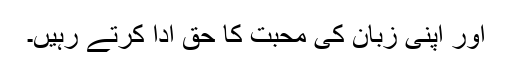
اور اپنی زبان کی محبت کا حق ادا کرتے رہیں۔